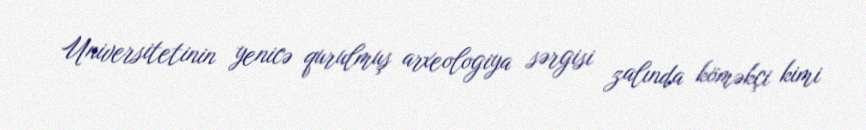
Universitetinin yenicə qurulmuş arxeologiya sərgisi zalında köməkçi kimi